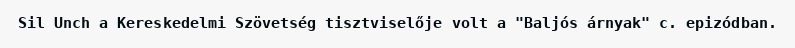
Sil Unch a Kereskedelmi Szövetség tisztviselője volt a "Baljós árnyak" c. epizódban.